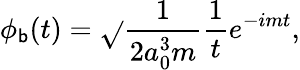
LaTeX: \phi_{\mathsf{b}}(t)=\sqrt{}{{\frac{{1}}{{2a_{0}^{3}m}}}}\frac{{1}}{{t}}e^{-imt},